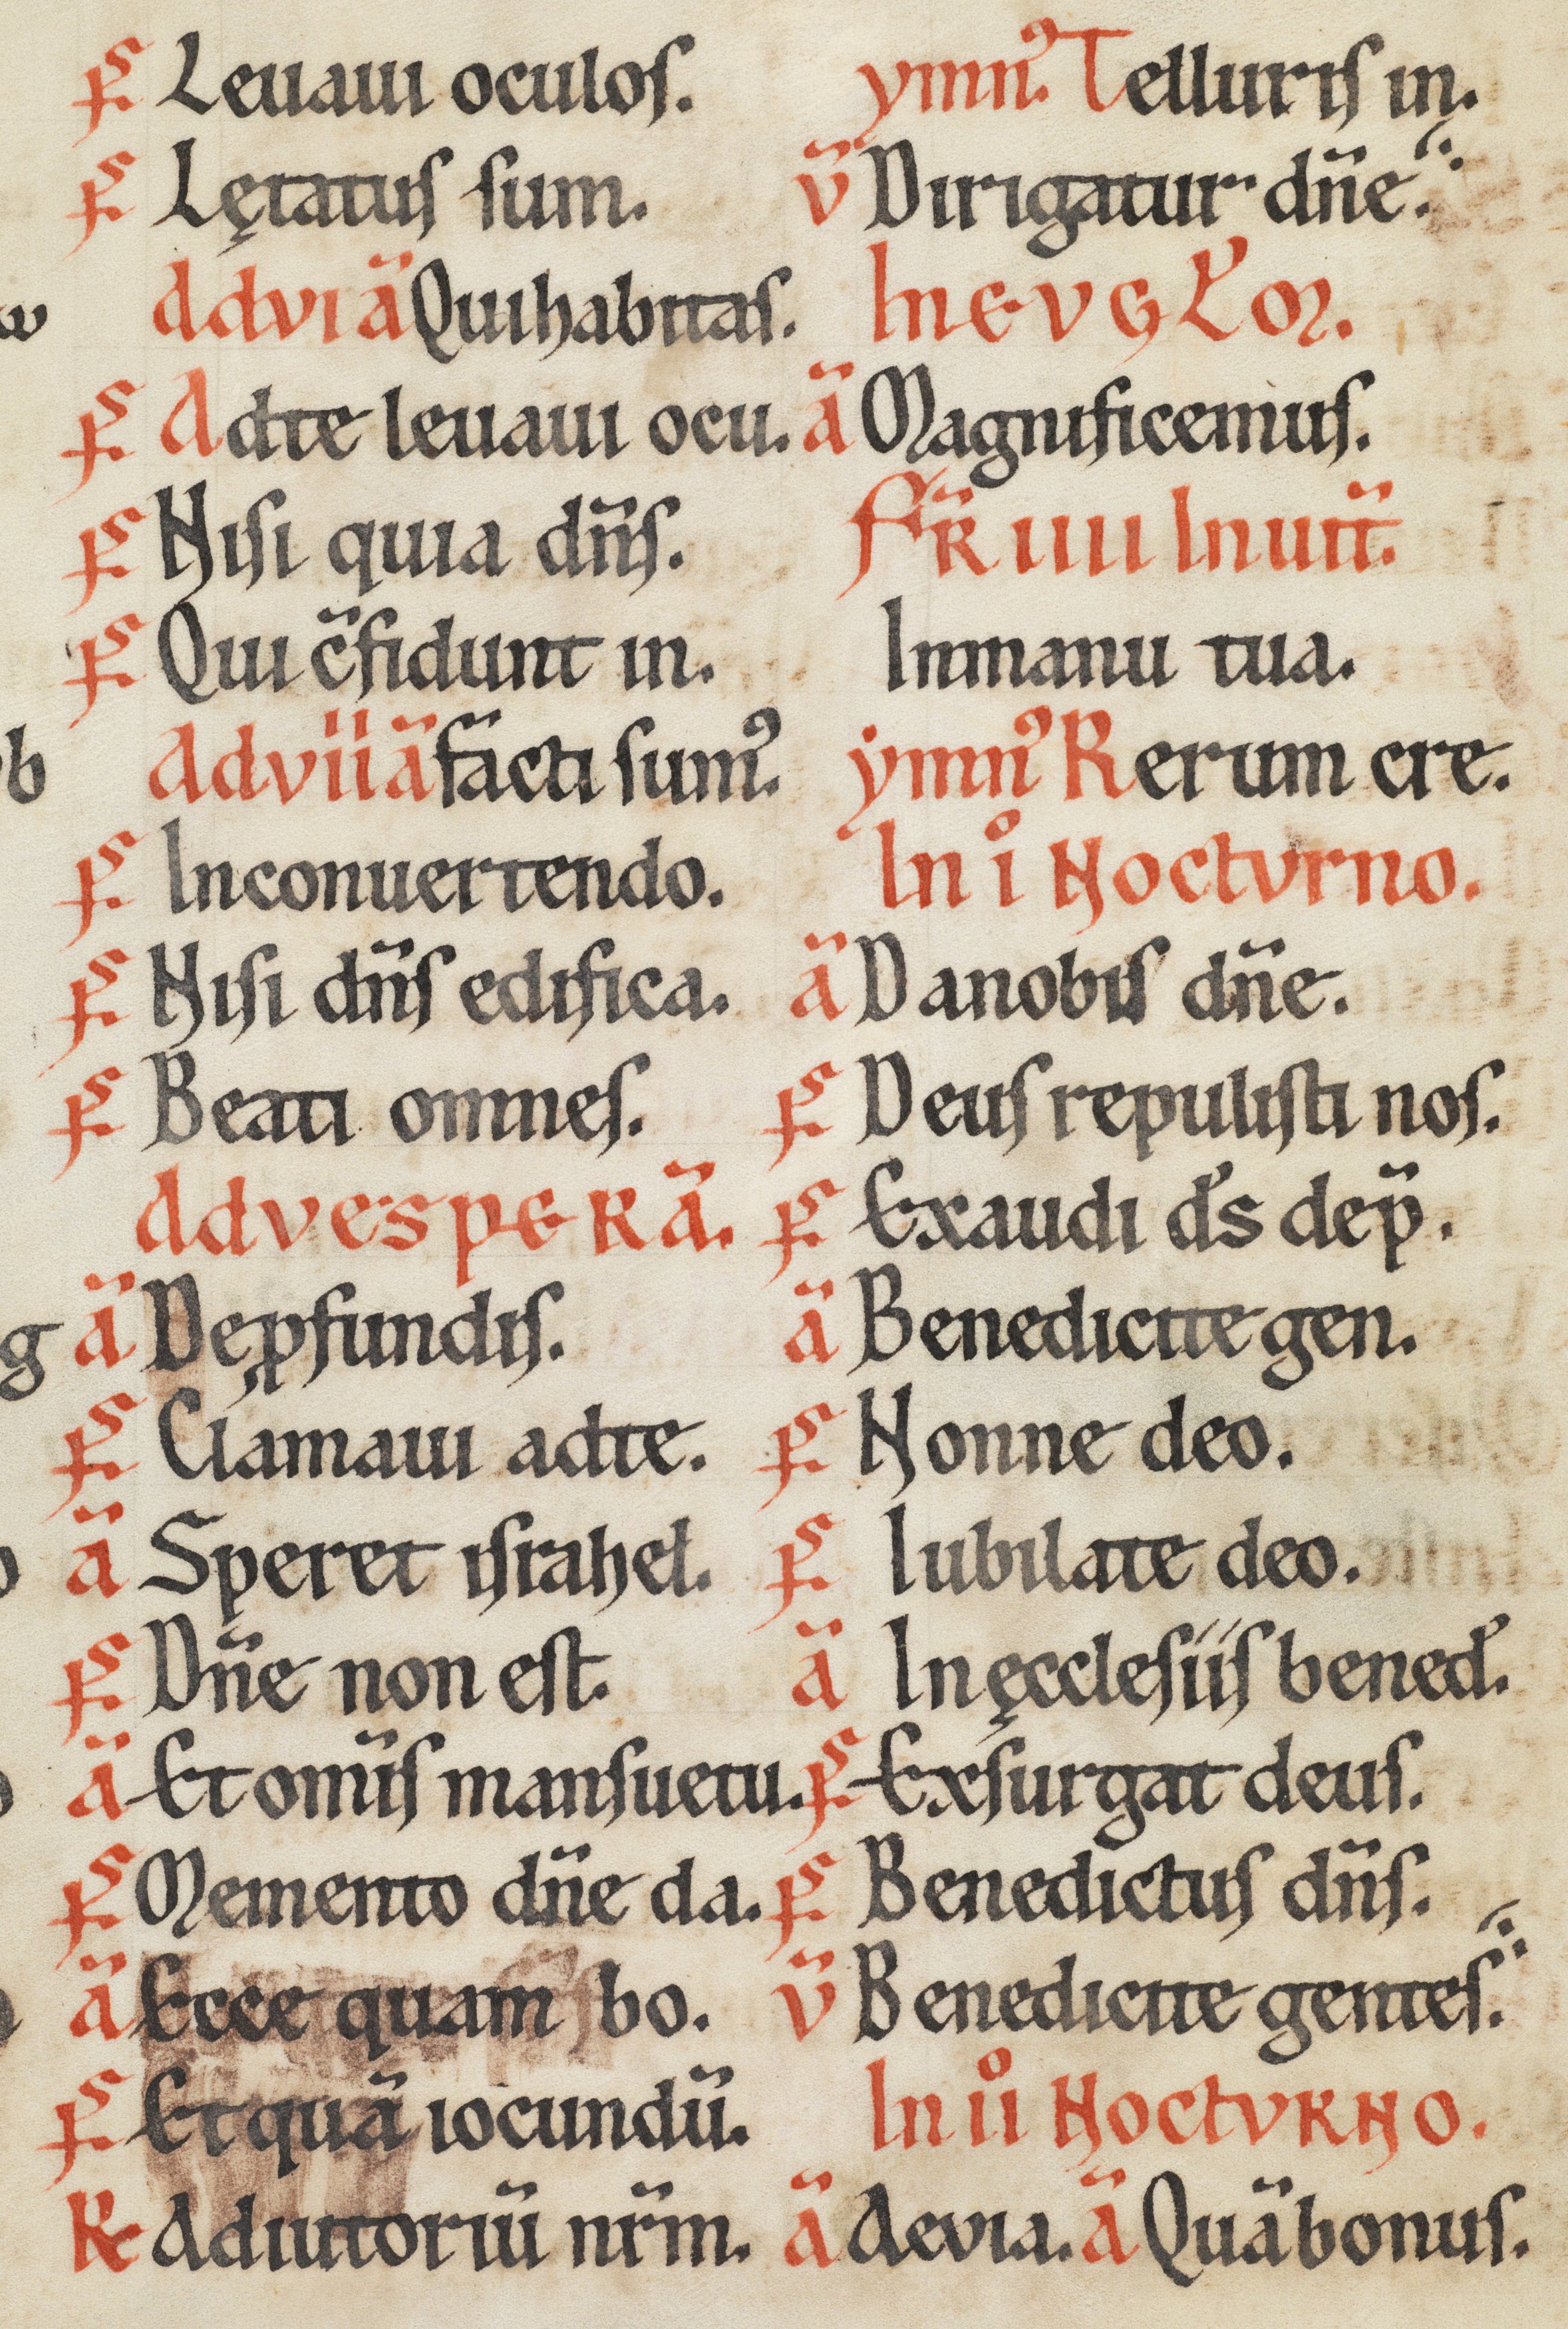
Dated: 1170–1230